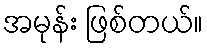
အမုန်း ဖြစ်တယ်။